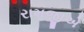
રામજીએ